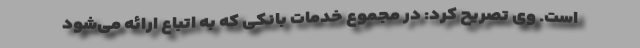
است. وی تصریح کرد: در مجموع خدمات بانکی که به اتباع ارائه می‌شود